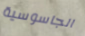
الجاسوسية